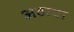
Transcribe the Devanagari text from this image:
अठावा